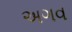
અગવ